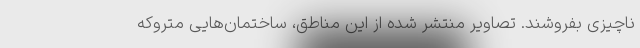
ناچیزی بفروشند. تصاویر منتشر شده از این مناطق، ساختمان‌هایی متروکه